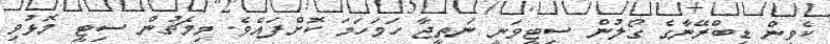
ކެވިން ޑިބްރޭނާގެ ގޯލުން ސިޓީވަނީ ނަތީޖާ ހަމަހަމަ ކޮށްފައެވެ. މިމެޗުން ސިޓީ މޮޅުވި